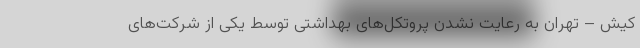
کیش – تهران به رعایت نشدن پروتکل‌های بهداشتی توسط یکی از شرکت‌های